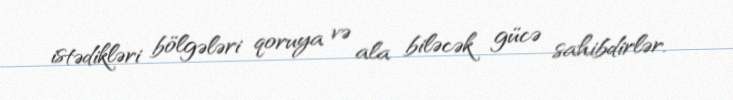
istədikləri bölgələri qoruya və ala biləcək gücə sahibdirlər.